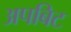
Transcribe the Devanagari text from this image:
अपबिट